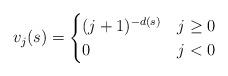
LaTeX: \begin{align*}v_{j}(s)=\begin{cases}(j+1)^{-d(s)}& j\geq0\\0& j<0\end{cases}\end{align*}